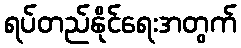
ရပ်တည်နိုင်ရေးအတွက်